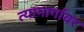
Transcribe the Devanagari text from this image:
त्यामार्गावर